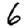
Digit: 6